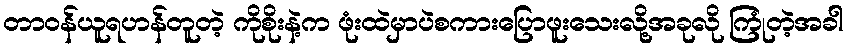
တာဝန်ယူရဟန်တူတဲ့ ကိုစိုးနဲ့က ဖုံးထဲမှာပဲစကားပြောဖူးသေးလို့အခုလို ကြုံတဲ့အခါ